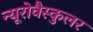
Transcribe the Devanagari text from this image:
न्यूरोवैस्कुलर